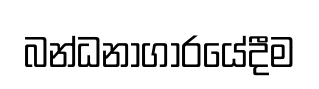
බන්ධනාගාරයේදීම